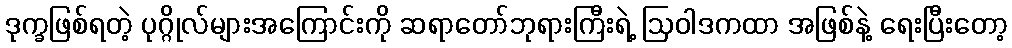
ဒုက္ခဖြစ်ရတဲ့ ပုဂ္ဂိုလ်များအကြောင်းကို ဆရာတော်ဘုရားကြီးရဲ့ ဩဝါဒကထာ အဖြစ်နဲ့ ရေးပြီးတော့